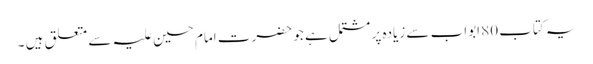
یہ کتاب 80 ابواب سے زیادہ پر مشتمل ہے جو حضرت امام حسین علیہ سے متعلق ہیں ۔